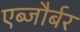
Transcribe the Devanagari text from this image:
एब्जौर्बर